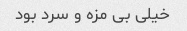
خیلی بی مزه و سرد بود